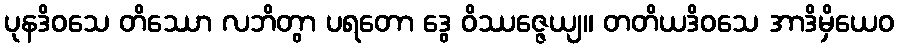
ပုနဒိဝသေ တိဿော လဘိတွာ ပရတော ဒွေ ဝိဿဇ္ဇေယျ။ တတိယဒိဝသေ အာဒိမှိယေဝ